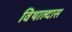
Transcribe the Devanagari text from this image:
विथाल्दास